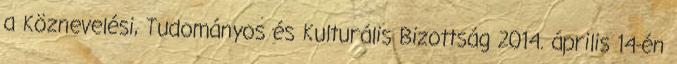
a Köznevelési, Tudományos és Kulturális Bizottság 2014. április 14-én